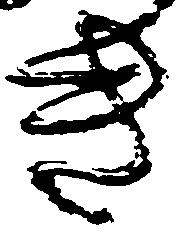
き